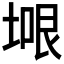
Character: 𭎼